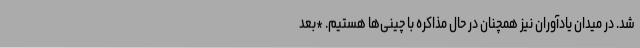
شد. در میدان یادآوران نیز همچنان در حال مذاکره با چینی‌ها هستیم. *بعد